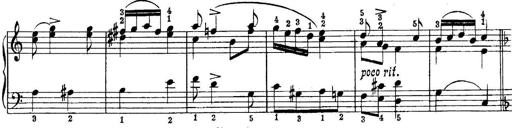
Title: Piano Sonatina No.1 in C major
Composer: Tadeusz Joteyko
Key: C major